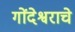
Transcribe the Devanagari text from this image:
गोंदेश्वराचे